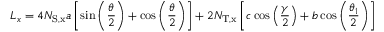
L _ { x } = 4 N _ { \mathrm { { S , x } } } a \left[ \sin \left( \frac { \theta } { 2 } \right) + \cos \left( \frac { \theta } { 2 } \right) \right] + 2 N _ { \mathrm { { T , x } } } \left[ c \cos \left( \frac { \gamma } { 2 } \right) + b \cos \left( \frac { \theta _ { 1 } } { 2 } \right) \right]